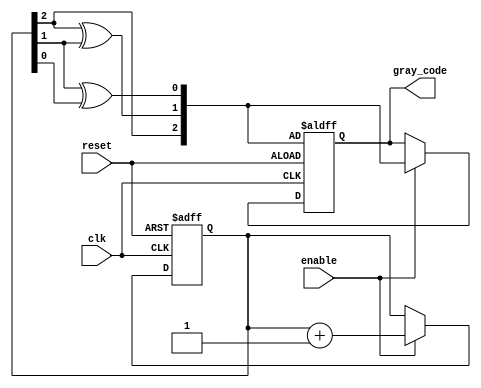
module GrayCodeCounter (
    input wire clk,          // Clock input
    input wire reset,        // Asynchronous reset
    input wire enable,       // Enable signal for counting
    output reg [2:0] gray_code // 3-bit Gray code output
);

    // Internal binary representation of the counter
    reg [2:0] binary_count;

    // Gray code conversion from binary
    function [2:0] binary_to_gray;
        input [2:0] binary;
        begin
            binary_to_gray[2] = binary[2]; // MSB remains the same
            binary_to_gray[1] = binary[2] ^ binary[1];
            binary_to_gray[0] = binary[1] ^ binary[0];
        end
    endfunction

    // Always block for state transition
    always @(posedge clk or posedge reset) begin
        if (reset) begin
            binary_count <= 3'b000; // Initialize to 0
            gray_code <= binary_to_gray(binary_count); // Set Gray code to initial value
        end else if (enable) begin
            binary_count <= binary_count + 1; // Increment binary count
            gray_code <= binary_to_gray(binary_count); // Convert to Gray code
        end
    end

endmodule